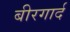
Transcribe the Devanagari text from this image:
बीरगार्द